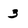
Character: 3